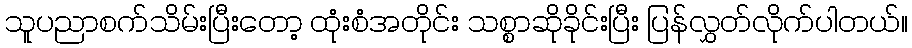
သူပညာစက်သိမ်းပြီးတော့ ထုံးစံအတိုင်း သစ္စာဆိုခိုင်းပြီး ပြန်လွှတ်လိုက်ပါတယ်။